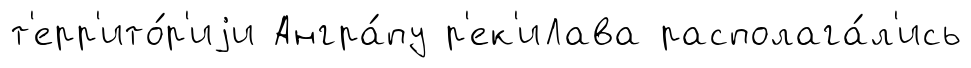
т'ерр'ито́р'иjи Ангра́пу р'ек'иЛава располага́л'ись